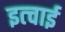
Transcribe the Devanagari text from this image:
इत्चाई